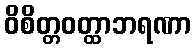
ဝိစိတ္တဝတ္ထာဘရဏာ